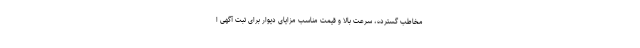
مخاطب گسترده، سرعت بالا و قیمت مناسب مزایای دیوار برای ثبت آگهی ا